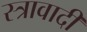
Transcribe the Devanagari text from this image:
स्त्रावादी